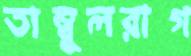
তাম্বূলরাগ